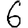
Digit: 6